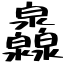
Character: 灥